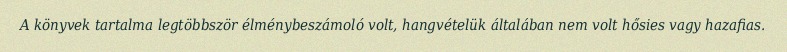
A könyvek tartalma legtöbbször élménybeszámoló volt, hangvételük általában nem volt hősies vagy hazafias.